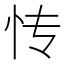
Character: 𰑁